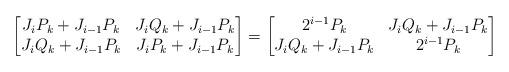
LaTeX: \begin{align*}\left[\begin{matrix}J_i P_{k}+J_{i-1}P_{k}&J_i Q_{k}+J_{i-1}P_{k}\\J_i Q_{k}+J_{i-1}P_{k}&J_i P_{k}+J_{i-1}P_{k}\end{matrix}\right]=\left[\begin{matrix}2^{i-1}P_{k}&J_i Q_{k}+J_{i-1}P_{k}\\J_i Q_{k}+J_{i-1}P_{k}&2^{i-1}P_{k}\end{matrix}\right]\end{align*}